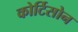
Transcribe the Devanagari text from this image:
कोर्टिसोन